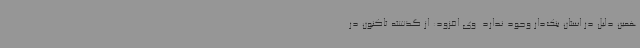
همین دلیل در استان بنک‌دار وجود ندارد. وی افزود: از گذشته تاکنون در